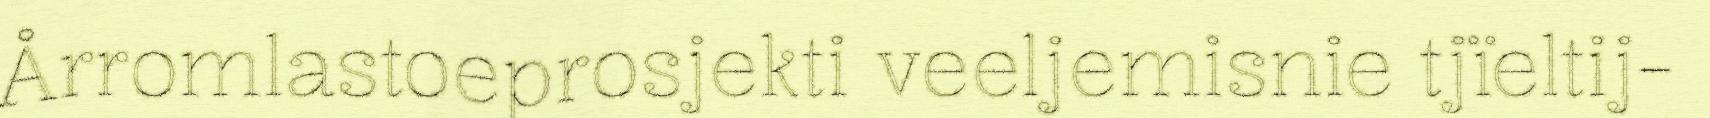
Årromlastoeprosjekti veeljemisnie tjïeltij-